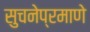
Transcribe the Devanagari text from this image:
सुचनेप्रमाणे